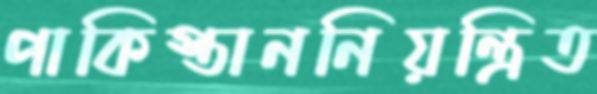
পাকিস্তাননিয়ন্ত্রিত